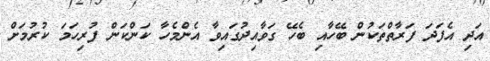
އަދި އެފަދަ ފަރާތްތަކުން ބޭހާއި ބެހޭ ގަވާއިދުގައިވާ އެންމެހާ ކަންކަން ފުރިހަމަ ކުރުމަށް